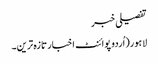
تفصیلی خبر
لاہور(اُردو پوائنٹ اخبار تازہ ترین۔